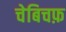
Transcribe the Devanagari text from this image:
चेबिचफ़